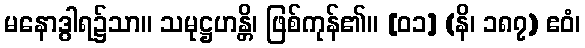
မနောဒွါရ၌သာ။ သမုဋ္ဌဟန္တိ၊ ဖြစ်ကုန်၏။ [၀၁] (နိ၊ ၁၈၇) ဧဝံ၊